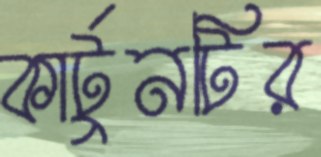
কার্টুনটির